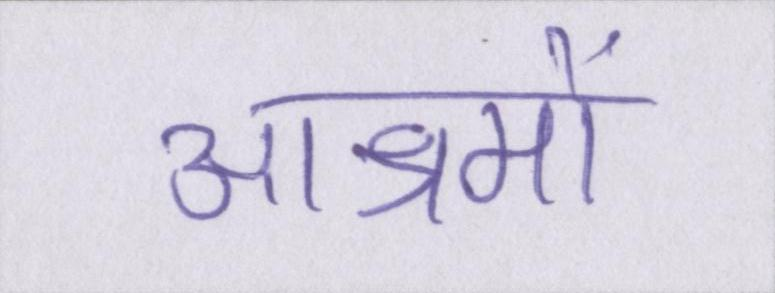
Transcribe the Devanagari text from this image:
आश्रमों